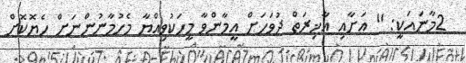
2މާނައަކީ: '' އަށާއި އާޚިރަތް ދުވަހަށް އީމާންވާ މީހަކުވިއްޔާ މެހުމާނުންނަށް ހެޔޮކޮށް